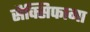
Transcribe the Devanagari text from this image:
सैक्सिफागा